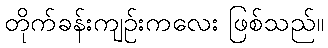
တိုက်ခန်းကျဉ်းကလေး ဖြစ်သည်။